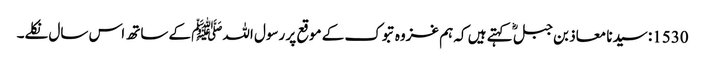
1530: سیدنا معاذ بن جبلؓ کہتے ہیں کہ ہم غزوہ تبوک کے موقع پر رسول اللہﷺ کے ساتھ اس سال نکلے۔